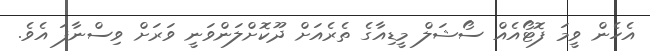
އެހެން ވީމަ ފޮޓޯއެއް ސޯޝަލް މީޑިއާގެ ތެރެއަށް ދޫކޮށްލަންވަނީ ވަރަށް ވިސްނާފަ އެވެ.